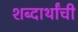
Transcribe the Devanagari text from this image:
शब्दार्थांची